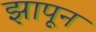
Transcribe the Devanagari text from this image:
झापून